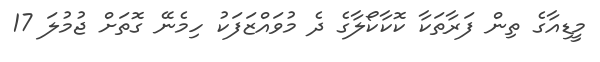
މީޑިއާގެ ތިން ފަރާތަކާ ކޮކާކޯލާގެ ދެ މުވައްޒަފަކު ހިމެނޭ ގޮތަށް ޖުމުލަ 17